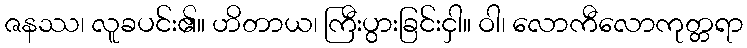
ဇနဿ၊ လူခပင်း၏။ ဟိတာယ၊ ကြီးပွားခြင်းငှါ။ ဝါ၊ လောကီလောကုတ္တရာ